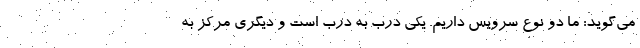
می‌گوید: ما دو نوع سرویس داریم. یکی درب به درب است و دیگری مرکز به